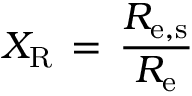
X _ { \mathrm { { R } } } \, = \, \frac { R _ { \mathrm { { e , s } } } } { R _ { \mathrm { { e } } } }